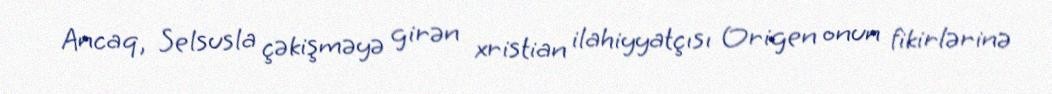
Ancaq, Selsusla çəkişməyə girən xristian ilahiyyatçısı Origen onun fikirlərinə